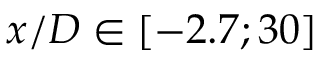
x / D \in [ - 2 . 7 ; 3 0 ]